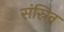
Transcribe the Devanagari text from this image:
संस्रित